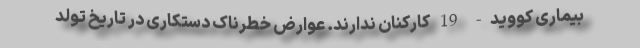
بیماری کووید- 19 کارکنان ندارند. عوارض خطرناک دستکاری در تاریخ تولد